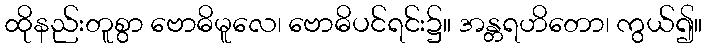
ထိုနည်းတူစွာ ဗောဓိမူလေ၊ ဗောဓိပင်ရင်း၌။ အန္တရဟိတော၊ ကွယ်၍။